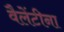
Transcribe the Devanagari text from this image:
वैलेंटीना